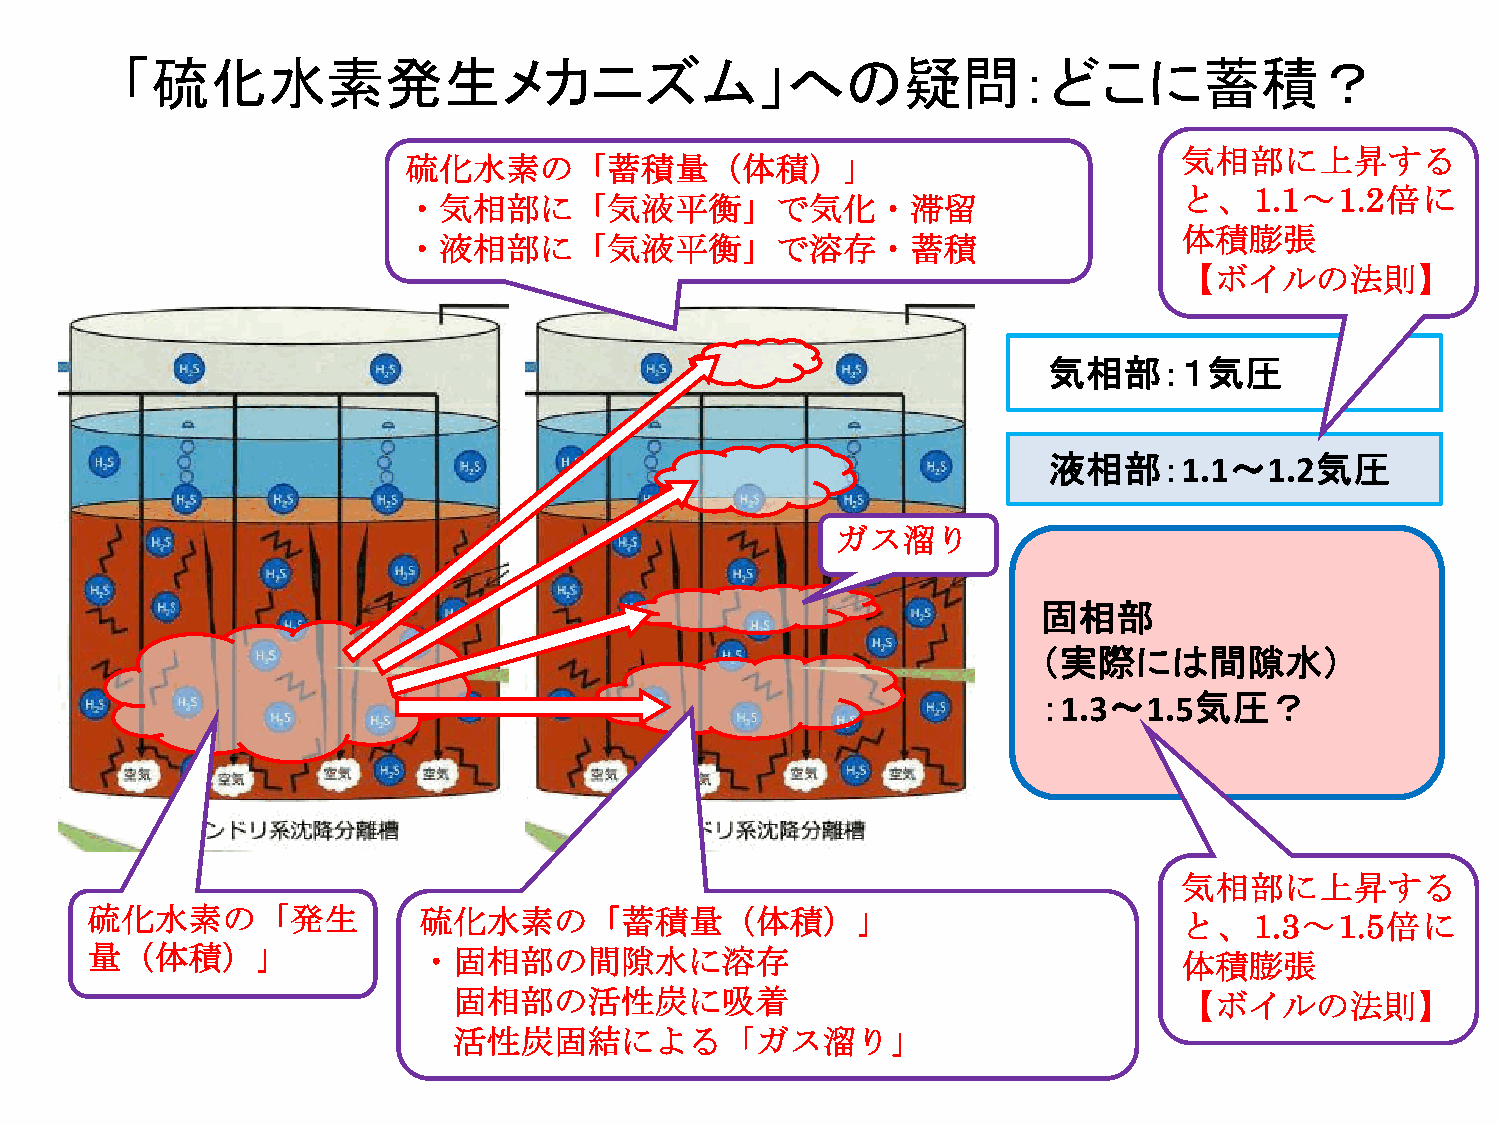
「硫化水素発生メカニズム」への疑問：どこに蓄積？
 気相部に上昇する
 硫化水素の「蓄積量（体積）」
 と、1.1～1.2倍に
 ・気相部に「気液平衡」で気化・滞留
 体積膨張
 ・液相部に「気液平衡」で溶存・蓄積
 【ボイルの法則】
 気相部：１気圧
 液相部：1.1～1.2気圧
 ガス溜り
 固相部
 （実際には間隙水）
 ：1.3～1.5気圧？
 気相部に上昇する
 硫化水素の「発生              硫化水素の「蓄積量（体積）」                                    と、1.3～1.5倍に
 量（体積）」                ・固相部の間隙水に溶存                                       体積膨張
 固相部の活性炭に吸着                                      【ボイルの法則】
 活性炭固結による「ガス溜り」